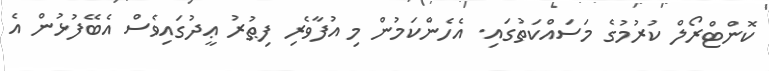
ކޮންޓްރޯލް ކުރުމުގެ މަސައްކަތުގައި. އެހެންކަމުން މި އުފާވެރި ފިޠުރު ޢީދުގައިވެސް އެބޭފުޅުން އެ